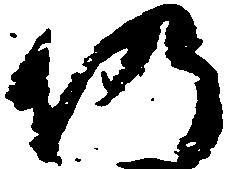
仍